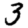
Digit: 3